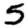
Digit: 5